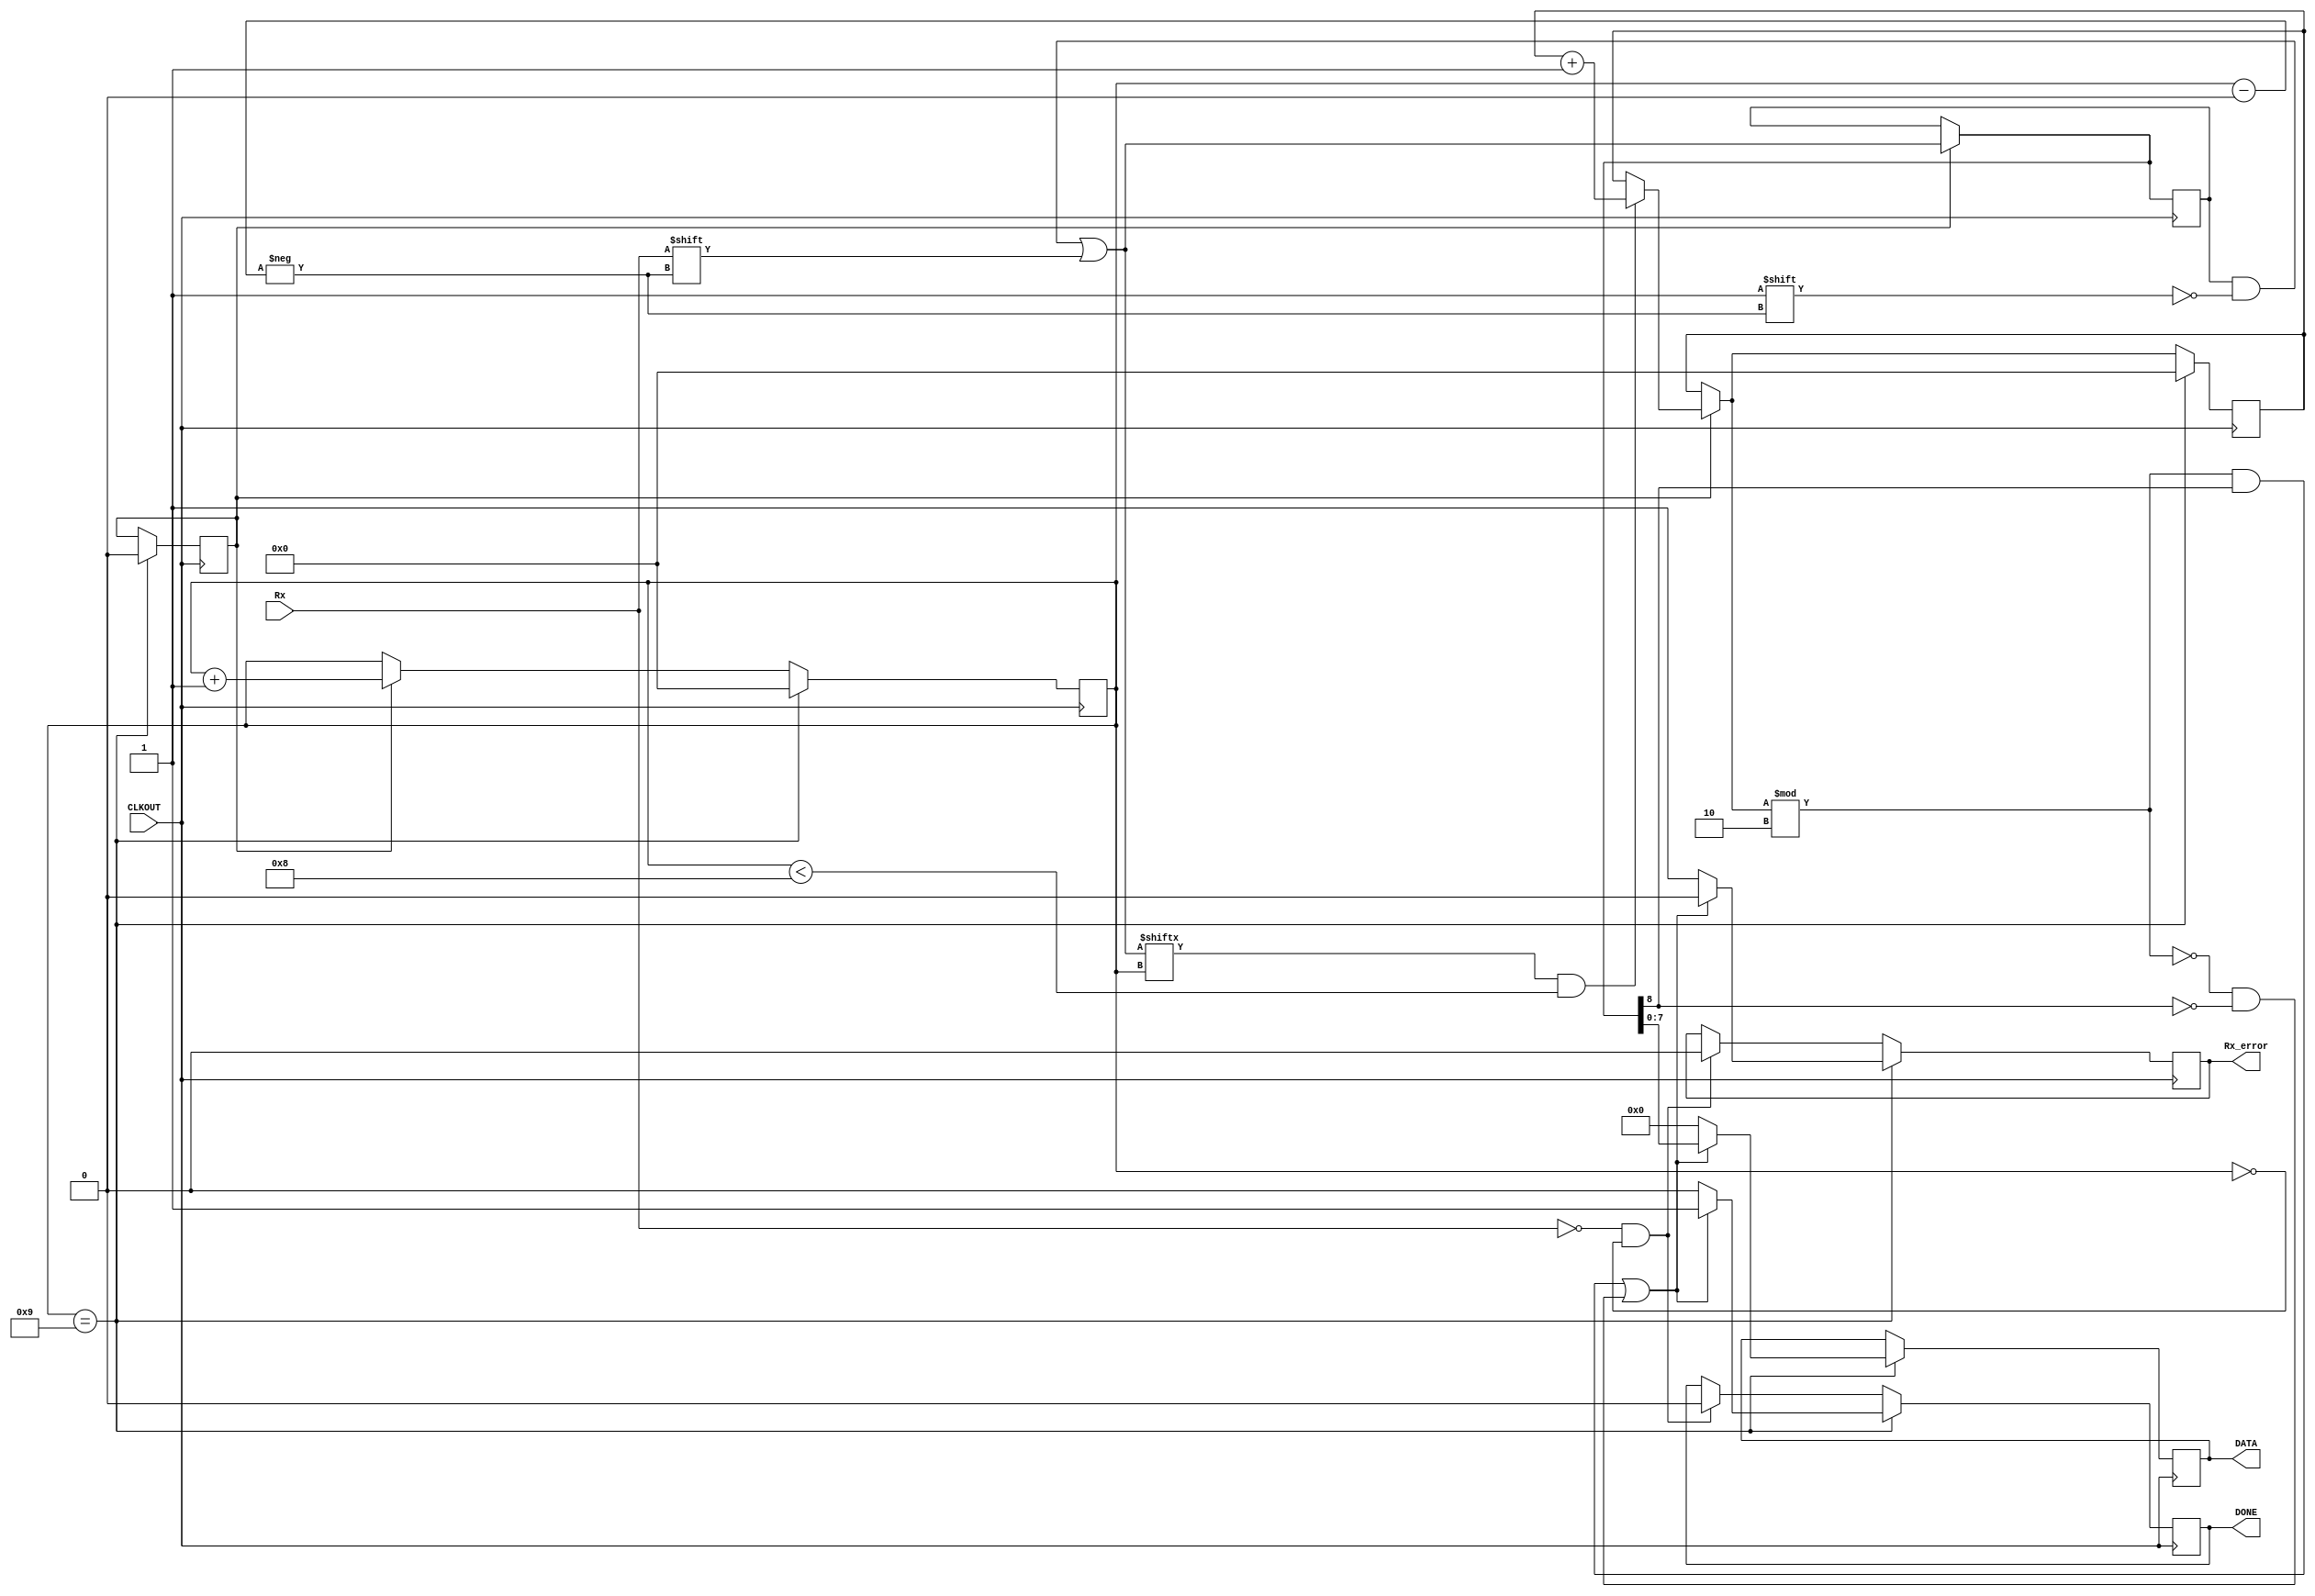
module	psdos	(
			        input		Rx,
			        input		CLKOUT,
			        output	reg	Rx_error,
			        output	[7:0]	DATA,
		        	output	reg	DONE
		        );
	reg	[8:0]	regis;
	reg	[7:0]	regis0;
	reg	[3:0]	i;
	reg	[3:0]	j;
	reg	[1:0]	k;
	reg	init;
	reg	DoIt;
	//reg	NoDoIt;
	//reg	MakeIt=(DoIt && ~NoDoIt);
	initial
	begin
    i=0;
    j=0;
    init=0;
    regis=0;
    regis0=0;
    Rx_error=0;
    DONE=0;
    k=0;
    DoIt=1;
    //NoDoIt=0;
  end




  always@(posedge CLKOUT)
  begin
		        if(!Rx&&!i)
		        begin
			        init<=1;
              DONE=0; 
              Rx_error=0;
		        end
        //		lectura			//
        //		lectura			//
        //		lectura			//
		        if(init)
		        begin
			              regis[i]=Rx;
			              i<=i+1;
			              if(regis[i]&&(i<8))
			              begin
				              j=j+1;
			              end
		        end
                //=======
		        if(DoIt)
		        begin
			        k<=k+1;
		        end
                //=======
      //		finalizar		//
      //		finalizar		//
      //		finalizar		//
		      if(i==9)
		      begin
			      if(((j%2)&&(regis[8]))||(!(j%2)&&(!regis[8])))
			      begin
				      Rx_error=0;
				      regis0={regis[7:0]};
				      DONE=1;
			      end
			      else
			      begin
				      Rx_error=1;
				      regis0=0;
				      DONE=0;
			      end
			      j=0;
			      i<=0;
			      init=0;
		      end
	end
	assign	DATA=regis0;
endmodule